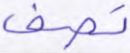
تصف